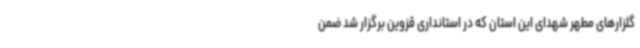
گلزارهای مطهر شهدای این استان که در استانداری قزوین برگزار شد ضمن